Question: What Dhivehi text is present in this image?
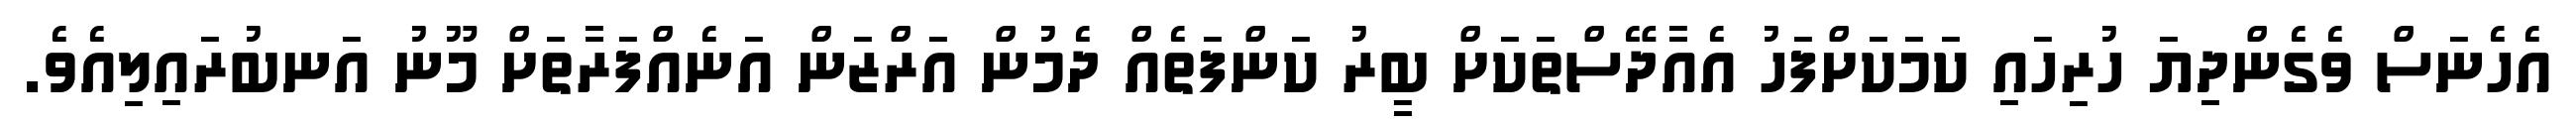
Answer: އެހެނަސް ވެގެންދިޔަ ހުރިހައި ކަމަކަށްފަހު އެއާދޭސްތަކަށް ބީރު ކަންފަތެއް ދެމުން އަރްޒަން އަނެއްފަރާތަށް މޫނު އަނބުރައިލިއެވެ.